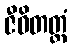
ဇီဝိတတ္ထံ